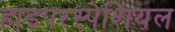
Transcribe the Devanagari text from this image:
हाइपरस्पेशियल